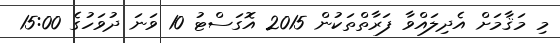
މި މަޤާމަށް އެދިލައްވާ ފަރާތްތަކުން 2015 އޮގަސްޓު 10 ވަނަ ދުވަހުގެ 15:00